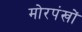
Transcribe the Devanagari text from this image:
मोरपंखों